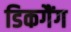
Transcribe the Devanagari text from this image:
डिकगैंग